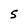
Character: S